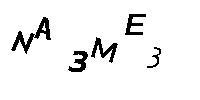
NA3ME3